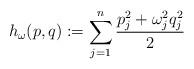
LaTeX: \begin{align*}h_{\omega}(p,q):=\sum_{j=1}^{n}\frac{p_j^2+\omega_j^2q_j^2}{2}\end{align*}